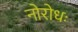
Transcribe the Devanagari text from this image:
नोरोधः